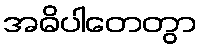
အဓိပါတေတွာ